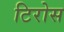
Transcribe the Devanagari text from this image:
टिरोस